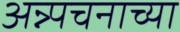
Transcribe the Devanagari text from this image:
अन्न्पचनाच्या